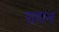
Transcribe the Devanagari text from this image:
पाहाल